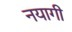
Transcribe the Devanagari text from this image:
नयागी